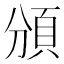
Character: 頒